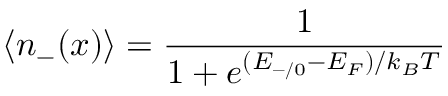
\langle n _ { - } ( x ) \rangle = \frac { 1 } { 1 + e ^ { ( E _ { - / 0 } - E _ { F } ) / k _ { B } T } }